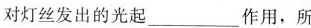
对灯丝发出的光起___作用，所